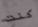
كنت